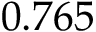
0 . 7 6 5